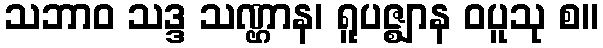
သဘာဝ သဒ္ဒ သဏ္ဌာန၊ ရူပဇ္ဈာန ဝပူသု စ။